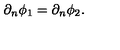
\partial _ { n } \phi _ { 1 } = \partial _ { n } \phi _ { 2 } .